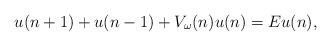
LaTeX: \begin{align*}u(n+1)+u(n-1)+V_{\omega}(n)u(n)=Eu(n),\end{align*}